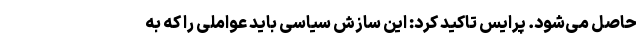
حاصل می‌شود. پرایس تاکید کرد: این سازش سیاسی باید عواملی را که به